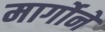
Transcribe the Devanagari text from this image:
मार्गोने